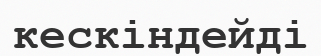
кескіндейді